Civil Veterinary Department Bihar reports 1936-40 - 1936-1940
Year: 1936
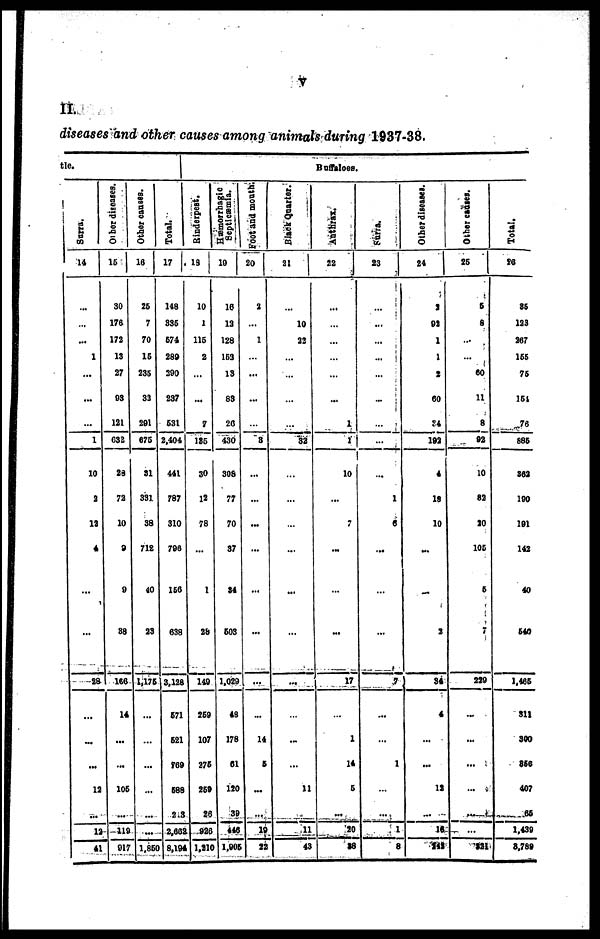
V
II.
diseases and other causes among animals during 1937-38.
tle
Surra.
14
...
...
...
1
...
...
...
1
10
3
13
4
...
...
28
...
...
...
12
...
12
41
Other diseases.
15
30
176
173
13
27
03
121
632
28
72
10
9
9
88
166
14
...
...
105
...
119
917
Other causes.
16
25
7
70
15
235
33
291
675
31
33]
38
712
40
23
1,175
...
...
...
...
...
...
1,850
Total.
17
148
335
574
280
390
237
631
2,404
441
787
310
708
166
638
3,128
671
621
769
688
2,3
2,662
8,194
Buffaloes.
Rinderpest.
18
10
1
115
2
...
...
7
185
30
12
78
...
1
28
149
269
107
376
259
26
926
1,210
Hæmorrhagic
Septicæmia.
19
16
13
128
153
13
83
26
430
308
77
70
37
84
603
1,029
48
178
61
120
39
446
1,905
Foot and month.
20
2
...
1
...
...
...
...
3
...
...
...
...
...
...
...
...
14
6
...
...
19
22
Black Quarter.
21
...
10
32
...
...
...
...
32
...
...
...
...
...
...
...
...
...
...
11
...
11
43
Anthrax.
22
...
...
...
...
...
...
1
1
10
...
...
...
...
...
17
...
1
14
5
...
20
38
Surra.
23
...
...
...
...
...
...
...
...
...
1
6
...
...
...
7
...
...
1
...
...
1
8
Other diseases.
24
3
92
1
1
2
60
34
192
4
18
10
...
...
3
34
4
...
...
12
...
16
143
Other causes.
25
5
8
...
...
60
11
8
92
10
82
20
105
5
7
229
...
...
...
...
...
...
821
Total.
26
85
133
267
155
76
151
76
686
362
190
191
142
40
640
1,465
311
300
866
407
66
1,439
8,789